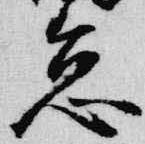
怠